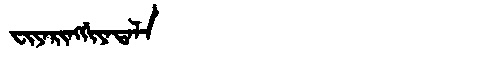
Manchu: ᠸᡳᠶᠠᡵᡳᠩᡤᡳᠶᠠᡨᠠᠯᠠ
Romanization: FIYARINGGIYATALA